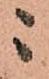
ニ